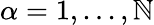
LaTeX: \alpha=1,...,\mathbb{N}